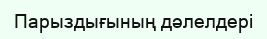
Парыздығының дәлелдері